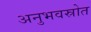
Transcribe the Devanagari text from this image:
अनुभवस्रोत